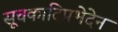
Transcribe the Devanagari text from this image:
सूचकादिप्रभेदेन